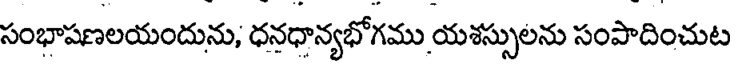
సంభాషణలయందును; ధనధాన్యభోగము యశస్సులను సంపాదించుట